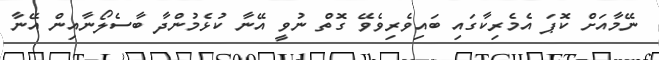
ނޭމާއަށް ކޮޕަ އެމެރިކާގައި ބައިވެރިވެވޭ ގޮތް ނުވީ އޭނާ ކުޅެމުންދާ ބާސެލޯނާއިން އޭނާ